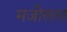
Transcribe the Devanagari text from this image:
मजीलस